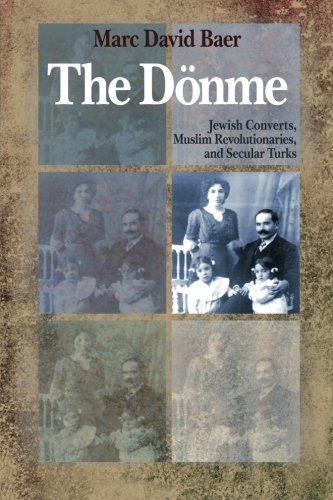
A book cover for The DÃ¶nme: Jewish Converts, Muslim Revolutionaries, and Secular Turks; Marc David Baer; History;